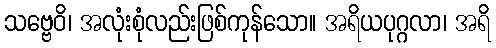
သဗ္ဗေဝိ၊ အလုံးစုံလည်းဖြစ်ကုန်သော။ အရိယပုဂ္ဂလာ၊ အရိ